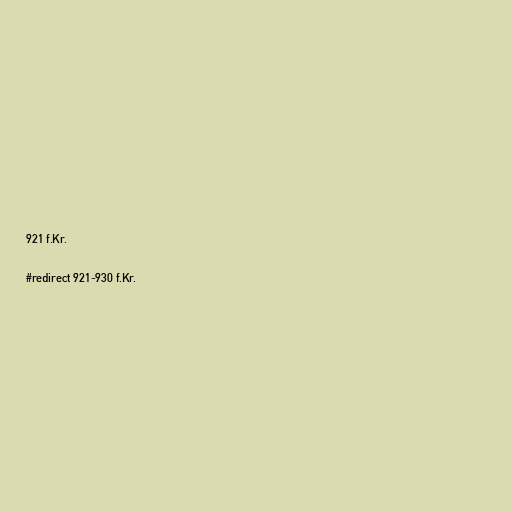
921 f.Kr.

#redirect 921-930 f.Kr.